Report of the Indian Hemp Drugs Commission, 1894-1895 - Volume II
Year: 1894
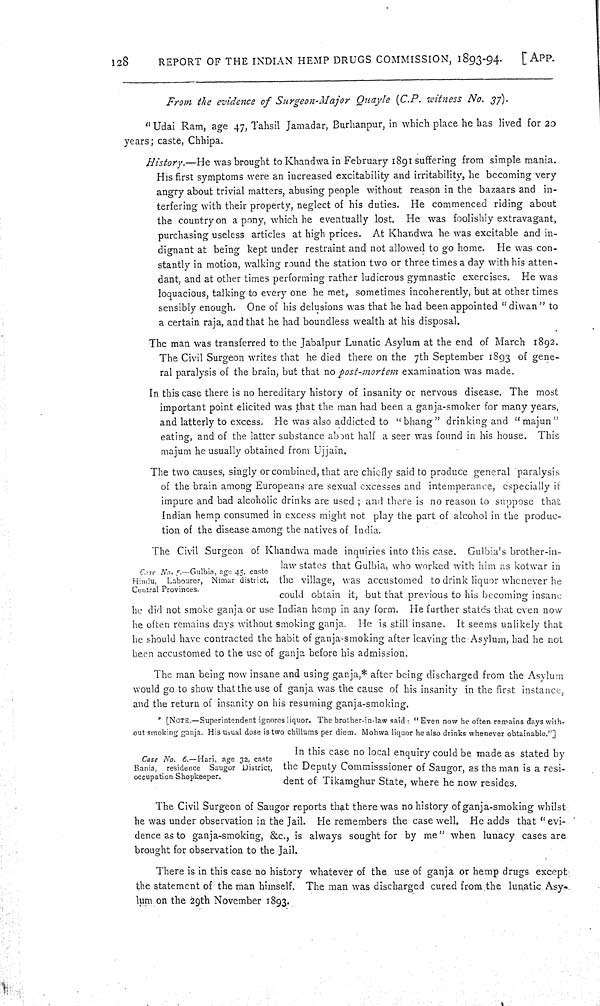
128
REPORT OF THE INDIAN HEMP DRUGS COMMISSION, 1893-94.
[APP.
From the evidence of Surgeon-Major
Quayle (C.P. witness No. 37).
"Udai Ram, age 47, Tahsil Jamadar, Burhanpur, in which place he has lived for 20
years; caste, Chhipa.
History.—He was brought to Khandwa in February 1891 suffering from simple mania.
His first symptoms were an increased excitability and irritability, he becoming very
angry about trivial matters, abusing people without reason in the bazaars and in-
terfering with their property, neglect of his duties. He commenced riding about
the country on a pony, which he eventually lost. He was foolishly extravagant,
purchasing useless articles at high prices. At Khandwa he was excitable and in-
dignant at being kept under restraint and not allowed to go home. He was con-
stantly in motion, walking round the station two or three times a day with his atten-
dant, and at other times performing rather ludicrous gymnastic exercises. He was
loquacious, talking to every one he met, sometimes incoherently, but at other times
sensibly enough. One of his delusions was that he had been appointed "diwan" to
a certain raja, and that he had boundless wealth at his disposal.
The man was transferred to the Jabalpur Lunatic Asylum at the end of March 1892.
The Civil Surgeon writes that he died there on the 7th September 1893 of gene-
ral paralysis of the brain, but that no post-mortem examination was made.
In this case there is no hereditary history of insanity or nervous disease. The most
important point elicited was that the man had been a ganja-smoker for many years,
and latterly to excess. He was also addicted to "bhang" drinking and "majun"
eating, and of the latter substance about half a seer was found in his house. This
majum he usually obtained from Ujjain.
The two causes, singly or combined, that are chiefly said to produce general paralysis
of the brain among Europeans are sexual excesses and intemperance, especially if
impure and bad alcoholic drinks are used; and there is no reason to suppose that
Indian hemp consumed in excess might not play the part of alcohol in the produc-
tion of the disease among the natives of India.
Case No. 5.—Gulbia, age 45, caste
Hindu, Labourer, Nimar district,
Central Provinces.
The Civil Surgeon of Khandwa made inquiries into this case. Gulbia's brother-in-
law states that Gulbia, who worked with him as kotwar in
the village, was accustomed to drink liquor whenever he
could obtain it, but that previous to his becoming insane
he did not smoke ganja or use Indian hemp in any form. He further states that even now
he often remains days without smoking ganja. He is still insane. It seems unlikely that
he should have contracted the habit of ganja-smoking after leaving the Asylum, had he not
been accustomed to the use of ganja before his admission.
The man being now insane and using ganja,* after being discharged from the Asylum
would go to show that the use of ganja was the cause of his insanity in the first instance,
and the return of insanity on his resuming ganja-smoking.
* [NOTE.—Superintendent ignores liquor. The brother-in-law said: "Even now he often remains days with-
out smoking ganja. His usual dose is two chillums per diem. Mohwa liquor he also drinks whenever obtainable."]
Case No. 6.—Hari, age 32, caste
Bania, residence Saugor District,
occupation Shopkeeper.
In this case no local enquiry could be made as stated by
the Deputy Commisssioner of Saugor, as the man is a resi-.
dent of Tikamghur State, where he now resides.
The Civil Surgeon of Saugor reports that there was no history of ganja-smoking whilst
he was under observation in the Jail. He remembers the case well. He adds that "evi-
dence as to ganja-smoking, &c., is always sought for by me" when lunacy cases are
brought for observation to the Jail.
There is in this case no history whatever of the use of ganja or hemp drugs except
the statement of the man himself. The man was discharged cured from the lunatic Asy-
lum on the 29th November 1893.